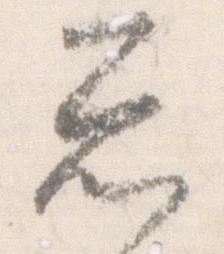
忩